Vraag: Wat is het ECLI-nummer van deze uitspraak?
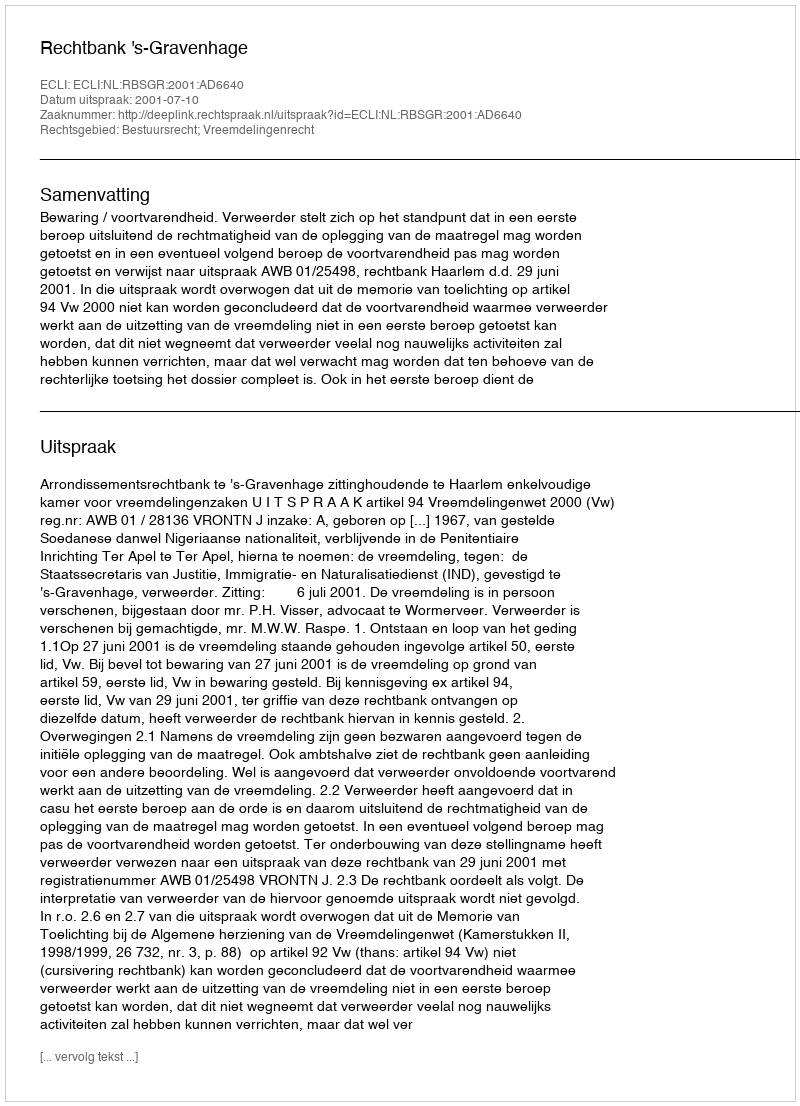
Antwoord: ECLI:NL:RBSGR:2001:AD6640